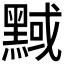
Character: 𪑝